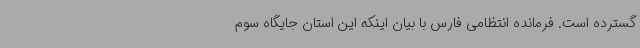
گسترده است. فرمانده انتظامی فارس با بیان اینکه این استان جایگاه سوم